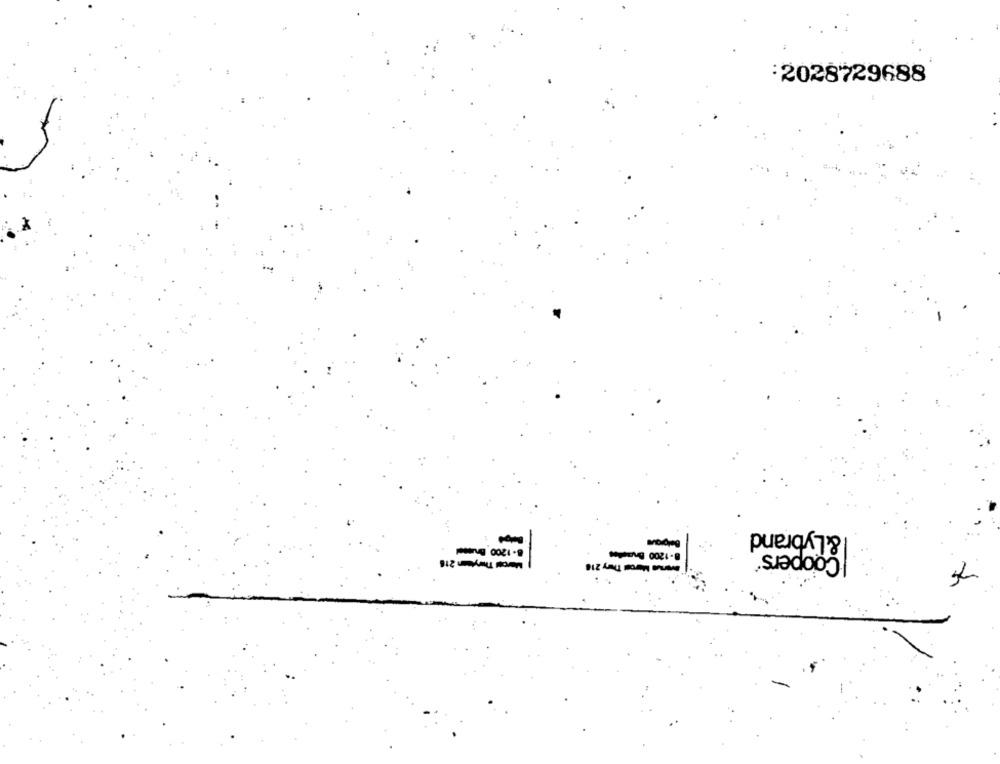
:2028729688
&Lybrand
8-1200 Brussel
8-1200 Brestes
Coopers"
Marcel Tiwytsan 218
7